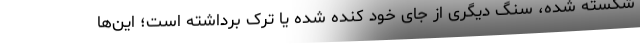
شکسته شده، سنگ دیگری از جای خود کنده شده یا ترک برداشته‌ است؛ این‌ها